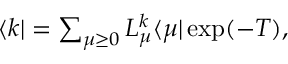
\begin{array} { r } { \langle k \vert = \sum _ { \mu \geq 0 } L _ { \mu } ^ { k } \langle \mu \vert \exp ( - T ) , } \end{array}